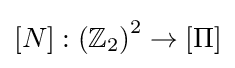
\left[N\right]:\left(\mathbb {Z} _{2}\right)^{2}\rightarrow \left[\Pi \right]